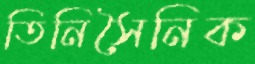
তিনিসৈনিক